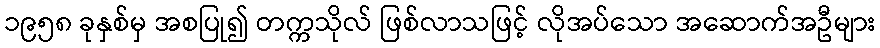
၁၉၅၈ ခုနှစ်မှ အစပြု၍ တက္ကသိုလ် ဖြစ်လာသဖြင့် လိုအပ်သော အဆောက်အဦများ